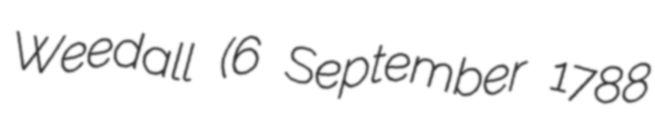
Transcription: Weedall (6 September 1788